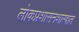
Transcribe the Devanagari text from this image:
लोकप्रशासनशास्त्रात